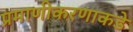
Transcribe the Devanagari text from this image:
प्रमाणीकरणाकडे